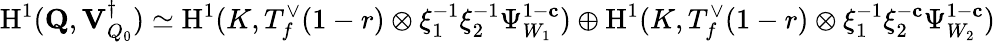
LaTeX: {\mathrm{H}}^{1}(\mathbf{Q},{\mathbf{V}_{Q_{0}}^{\dagger}})\simeq{\mathrm{H}}^{1}(K,T_{f}^{\vee}(1-r)\otimes\xi_{1}^{-1}\xi_{2}^{-1}\Psi_{W_{1}}^{1-\mathbf{c}})\oplus{\mathrm{H}}^{1}(K,T_{f}^{\vee}(1-r)\otimes\xi_{1}^{-1}\xi_{2}^{-\mathbf{c}}\Psi_{W_{2}}^{1-\mathbf{c}})